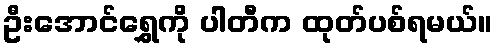
ဦးအောင်ရွှေကို ပါတီက ထုတ်ပစ်ရမယ်။